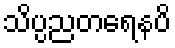
သိပ္ပညတရေနပိ